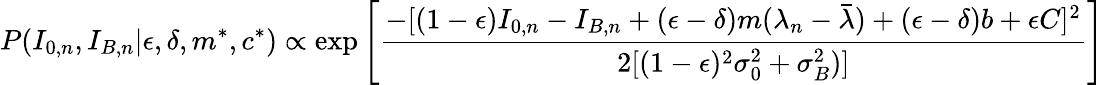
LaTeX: P(I_{0,n},I_{B,n}|\epsilon,\delta,m^{*},c^{*})\propto\exp\left[\frac{-[(1-\epsilon)I_{0,n}-I_{B,n}+(\epsilon-\delta)m(\lambda_{n}-\bar{\lambda})+(\epsilon-\delta)b+\epsilon C]^{2}}{2[(1-\epsilon)^{2}\sigma_{0}^{2}+\sigma_{B}^{2})]}\right]